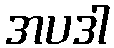
အပဒါ